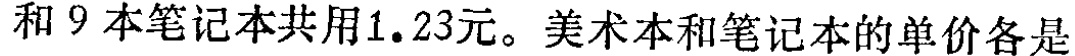
和 9 本笔记本共用1.23元。美术本和笔记本的单价各是